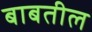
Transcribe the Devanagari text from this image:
बाबतील